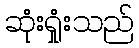
ဆုံးရှုံးသည်